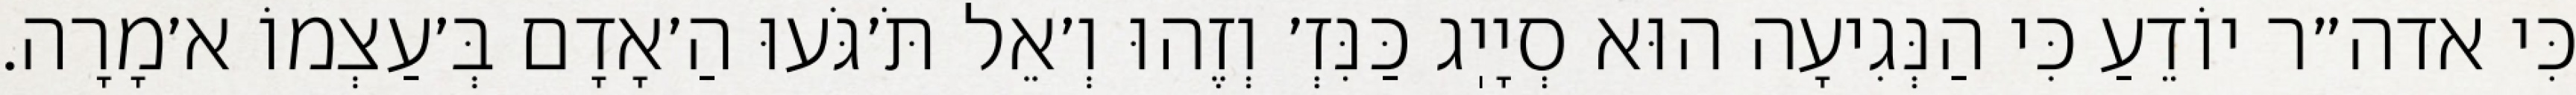
כִּי אדה״ר יוֹדֵעַ כִּי הַנְּגִיעָה הוּא סְיָיֽג כַּנִּזְ׳ וְזֶהוּ וְ׳אֵל תֹּ׳גֹּעוּ הַ׳אָדָם בְּ׳עַצְמוֹ א׳מָרָה.